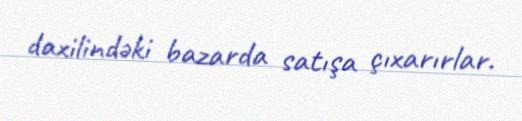
daxilindəki bazarda satışa çıxarırlar.